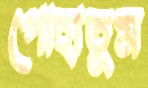
পোহাতুম